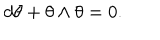
d \theta + \theta \wedge \theta = 0 .